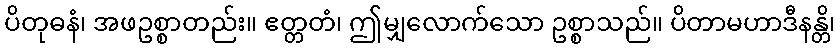
ပိတုဓနံ၊ အဖဥစ္စာတည်း။ ဧတ္တတံ၊ ဤမျှလောက်သော ဥစ္စာသည်။ ပိတာမဟာဒီနန္တိ၊